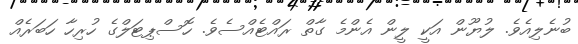
ބުނެލިއެވެ. ލުޔޫން އަކީ ލީން އެންމެ ގާތް ރައްޓެއްސެވެ. ހޮސްޕިޓަލްގެ ހުރިހާ ހަބަރެއް